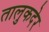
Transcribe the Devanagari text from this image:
तालुकदेर